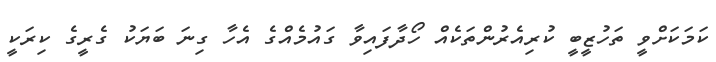
ކަމަކަށްވީ ތަހުޒީބީ ކުރިއެރުންތަކެއް ހޯދާފައިވާ ގައުމެއްގެ އެހާ ގިނަ ބަޔަކު ގެރީގެ ކިރަކީ